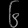
Digit: ၆